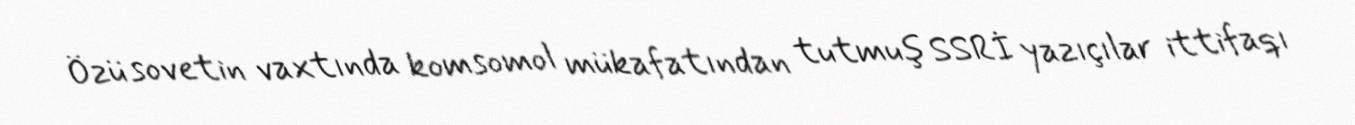
Özü sovetin vaxtında komsomol mükafatından tutmuş SSRİ yazıçılar ittifaqı